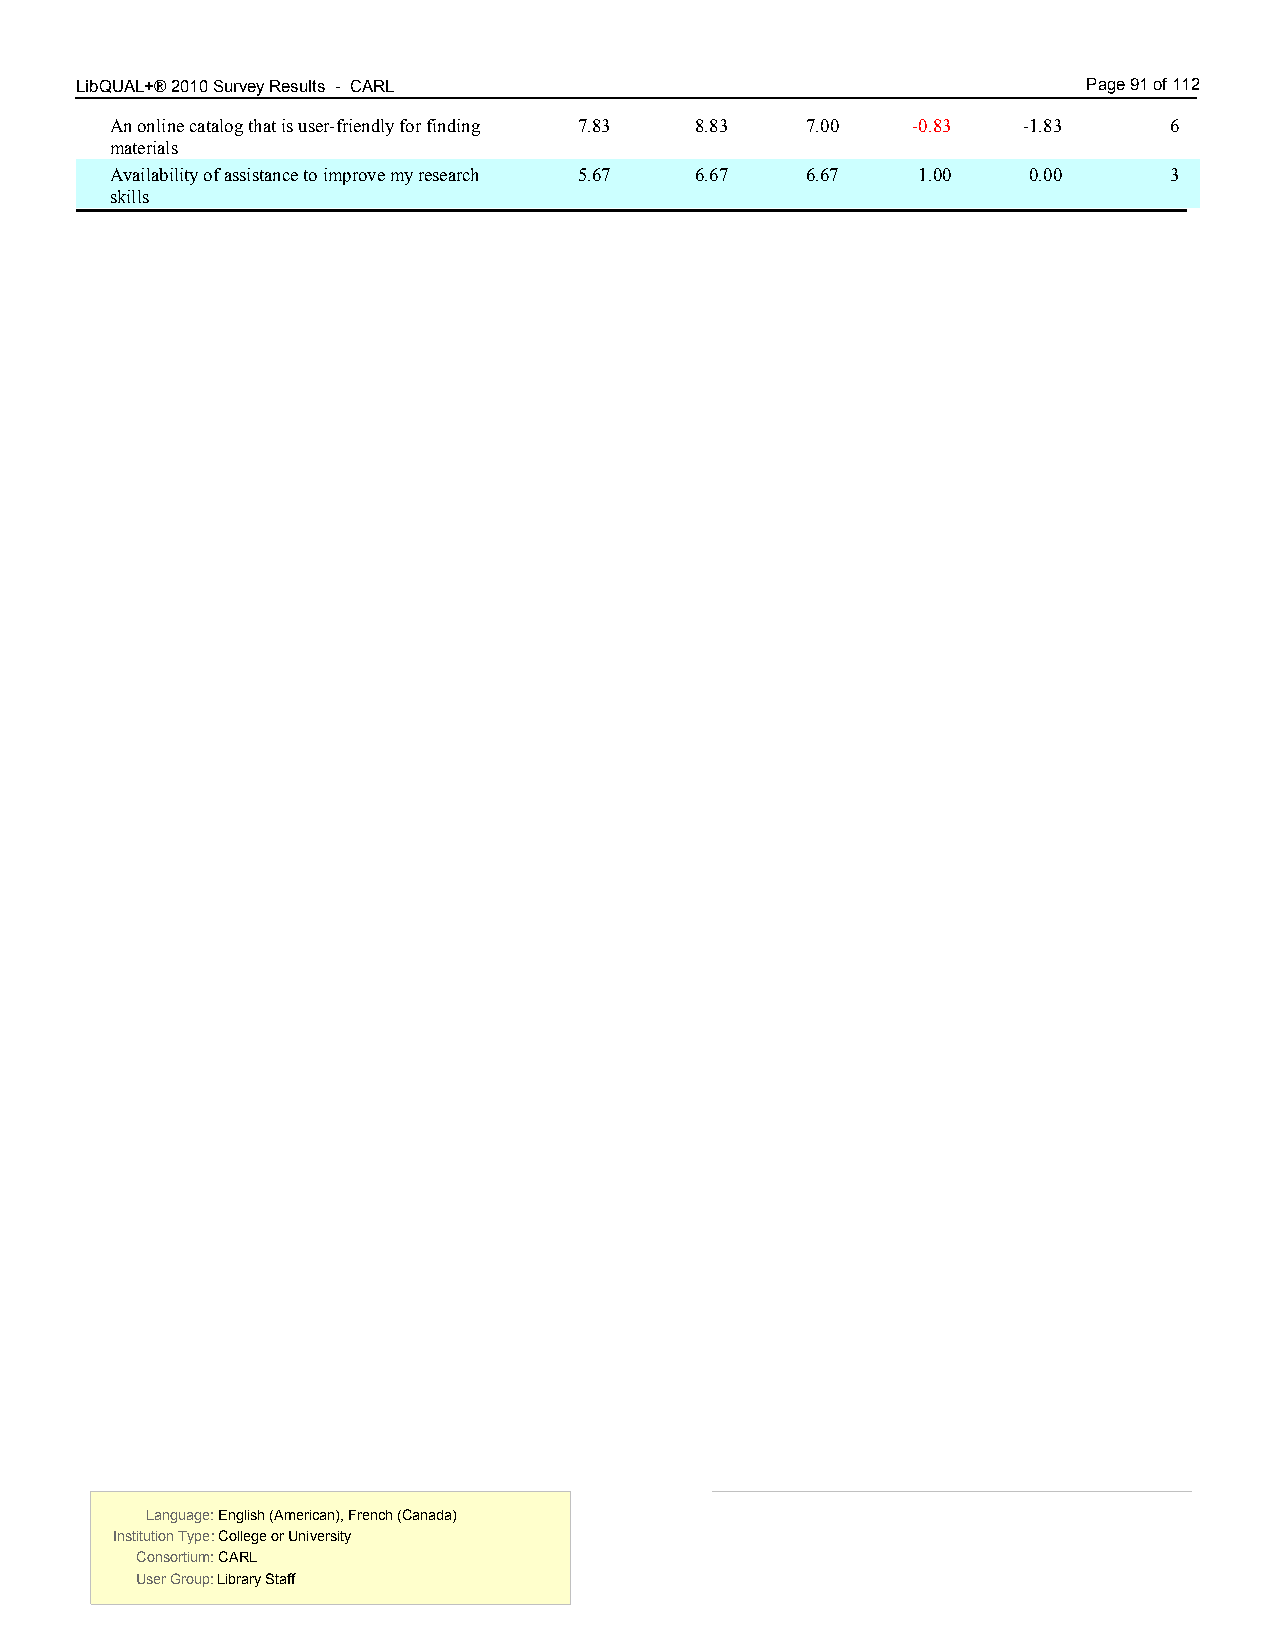
LibQUAL+® 2010 Survey Results - CARL 7.00                          Page 91 of 112
 An online catalog that is user-friendly for finding 7.83 8.83 7.00 -0.83 -1.83 6
 materials
 Availability of assistance to improve my research 5.67 6.67 6.67 1.00 0.00 3
 skills
 Language: English (American), French (Canada) Language: English (American), French (Canada)
 Institution Type: College or University  Institution Type: College or University
 Consortium: CARL                         Consortium: CARL
 User Group: Library Staff                User Group: Library Staff